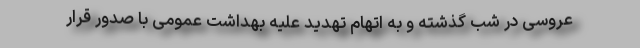
عروسی در شب گذشته و به اتهام تهدید علیه بهداشت عمومی با صدور قرار